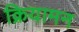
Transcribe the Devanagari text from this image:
क्रियामन